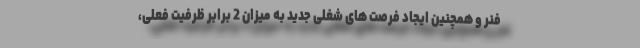
فنر و همچنین ایجاد فرصت های شغلی جدید به میزان 2 برابر ظرفیت فعلی،